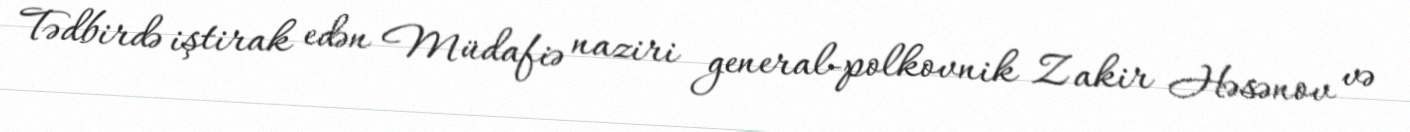
Tədbirdə iştirak edən Müdafiə naziri general-polkovnik Zakir Həsənov və